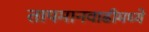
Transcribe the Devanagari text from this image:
तापमानवाढीमध्ये